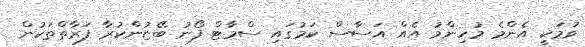
ވުމަކީ އެންމެ މުހިންމު އެއް އަސާސް ކަމުގައި ސްމާޓް ފޯނު ބޭޏުންކުރާ ފަރާތްތަކުން